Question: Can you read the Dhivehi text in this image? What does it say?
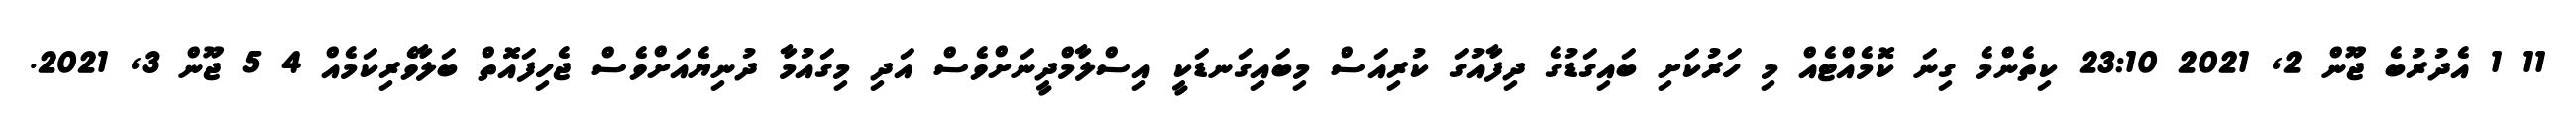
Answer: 11 1 އެދުރުބެ ޖޫން 2, 2021 23:10 ކިތެންމެ ގިނަ ކޮމެއްޓެއް މި ހަރުކަށި ބައިގަޑުގެ ދިފާއުގަ ކުރިއަސް މިބައިގަނޑަކީ އިސްލާމްދީނަށްވެސް އަދި މިގައުމާ ދުނިޔެއަށްވެސް ޖެހިފައޮތް ބަލާވެރިކަމެއް 4 5 ޖޫން 3, 2021.